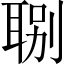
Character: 𦖇